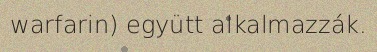
warfarin) együtt alkalmazzák.